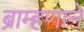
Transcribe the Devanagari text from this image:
ब्राम्हणाने